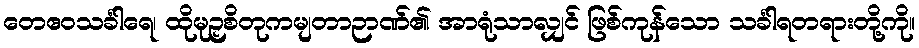
တေဧဝသင်္ခါရေ၊ ထိုမုဉှစိတုကမျတာဉာဏ်၏ အာရုံသာလျှင် ဖြစ်ကုန်သော သင်္ခါရတရားတို့ကို။